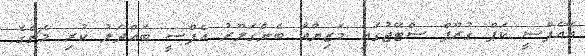
އޭއެފްސީ ކަޕް ގުރޫޕް ސްޓޭޖުގައި މަޒިޔާއާ ބެންގަލޫރު އެފްސީ ބައްދަލު ކުރި މެޗްގެ